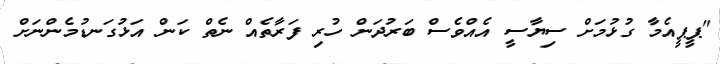
"ޕީޕީއެމާ ގުޅުމަށް ސިޔާސީ އެއްވެސް ބަރުދަން ހުރި ފަރާތެއް ނެތް ކަން އަޅުގަނޑުމެންނަށް